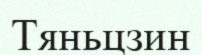
Тяньцзин